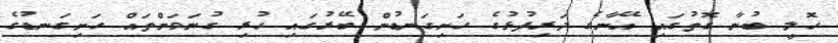
ހޮލީ ބުނާ ގޮތުގައި އޭނާގެ ދަރިފުޅުގެ ހަށިގަނޑުން ބޭރުގައި ހުރި ގުނަވަންތައް ހަށިގަނޑުގެ